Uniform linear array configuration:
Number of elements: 4
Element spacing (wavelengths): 0.25
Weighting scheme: hamming
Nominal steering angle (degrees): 45
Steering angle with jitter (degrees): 43.714
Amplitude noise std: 0.05
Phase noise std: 0.05

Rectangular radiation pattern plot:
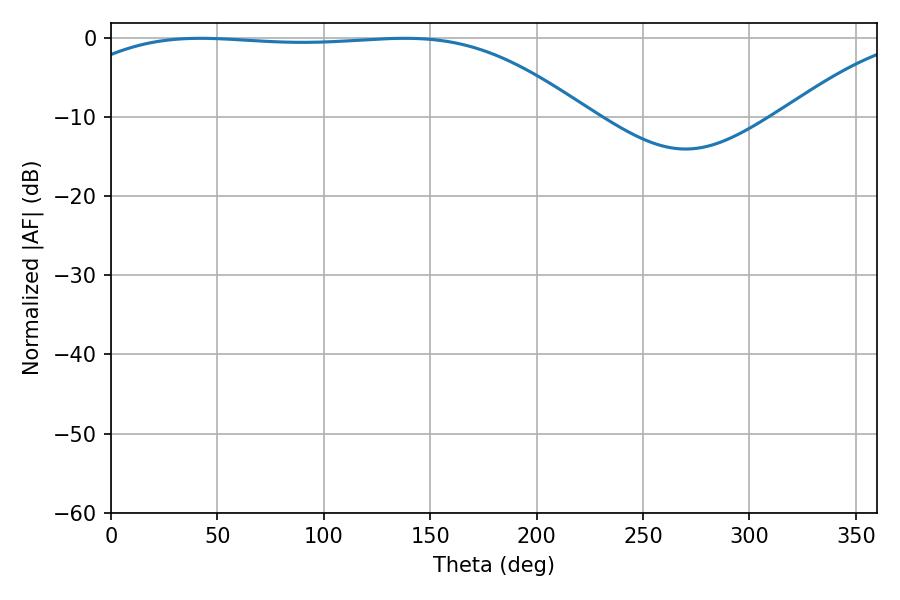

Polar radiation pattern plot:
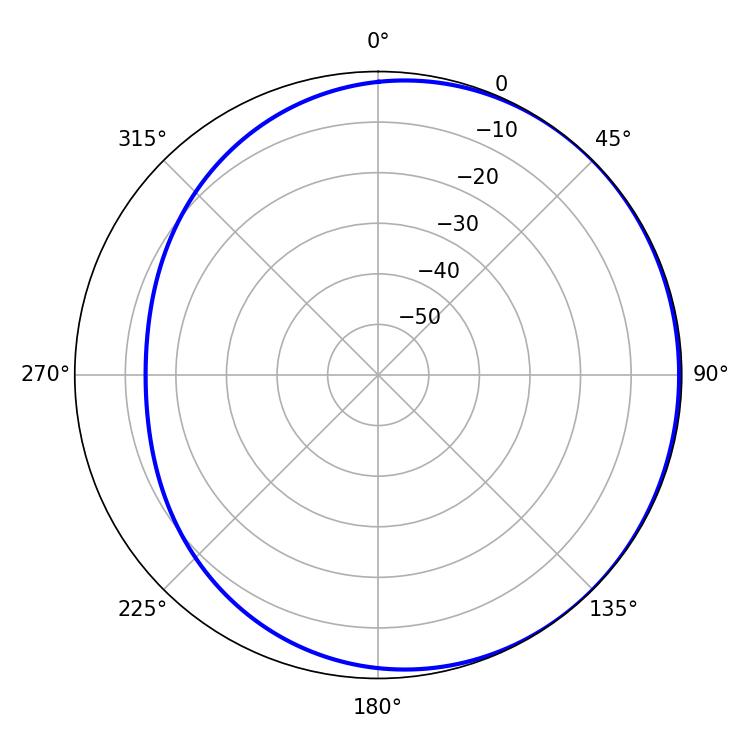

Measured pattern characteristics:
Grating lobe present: FALSE
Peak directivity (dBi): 0.8775
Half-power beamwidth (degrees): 188.1
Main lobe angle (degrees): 41.94